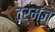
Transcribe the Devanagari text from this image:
टर्म्ज